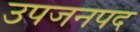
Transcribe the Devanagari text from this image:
उपजनपद